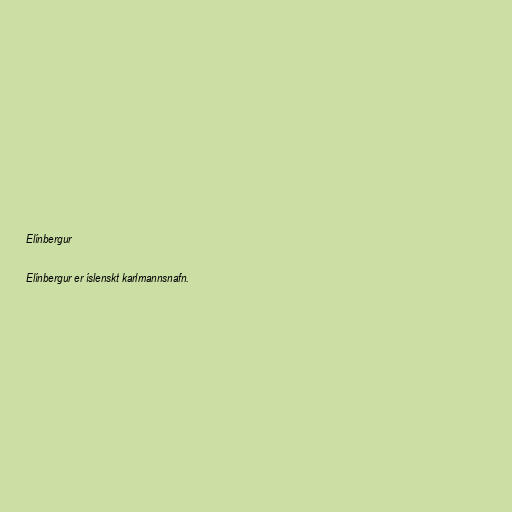
Elínbergur

Elínbergur er íslenskt karlmannsnafn.